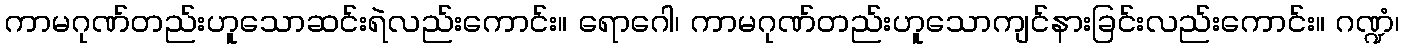
ကာမဂုဏ်တည်းဟူသောဆင်းရဲလည်းကောင်း။ ရောဂေါ၊ ကာမဂုဏ်တည်းဟူသောကျင်နားခြင်းလည်းကောင်း။ ဂဏ္ဍံ၊